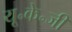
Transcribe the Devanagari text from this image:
यू॰के॰जी